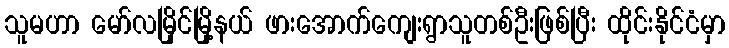
သူမဟာ မော်လမြိုင်မြို့နယ် ဖားအောက်ကျေးရွာသူတစ်ဦးဖြစ်ပြီး ထိုင်းနိုင်ငံမှာ